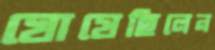
ঘোষেছিলেন